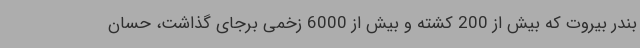
بندر بیروت که بیش از 200 کشته و بیش از 6000 زخمی برجای گذاشت، حسان